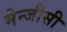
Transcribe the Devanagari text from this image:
मेन्जीसी